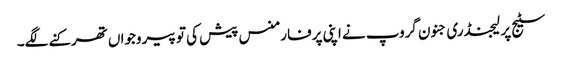
سٹیج پر لیجنڈری جنون گروپ نے اپنی پرفارمنس پیش کی تو پیروجواں تھرکنے لگے۔